Vaccination in Bombay 1913-1923 - 1913-1923
Year: 1913
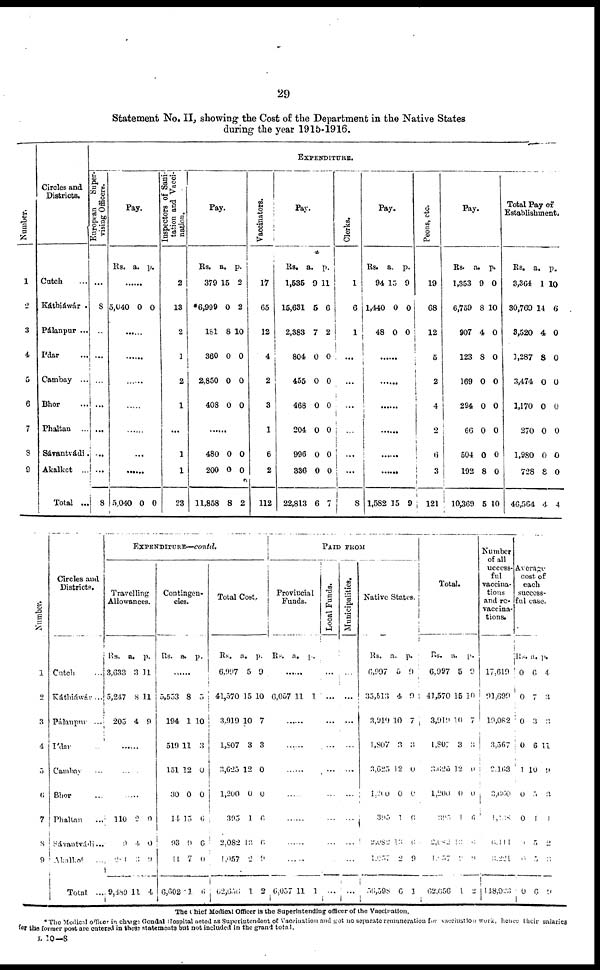
29
Statement No. II, showing the Cost of the Department in the Native States
during the year 1915-1916.
Number.
1
2
3
4
5
6
7
8
9
Circles and
Districts.
Cutch ...
Káthiáwár
Pálanpur ...
I'dar ...
Cambay ...
Bhor ...
Phaltan
...
Sávantvádi.
Akalkot ...
Total ...
EXPENDITURE.
European
Super-
vising Officers.
...
8
...
...
...
...
...
...
...
8
Pay.
Rs. a. p.
......
5,040 0 0
......
......
......
......
......
...
......
5,040 0 0
Inspectors of Sani-
tation and Vacci-
nation.
2
13
2
1
2
1
...
1
1
23
Pay.
Rs.
379
*6,999
181
360
2,850
408
a.
15
0
8
0
0
0
p.
2
2
10
0
0
0
......
480
200
11,868
0
0
8
0
0
2
Vaccinators.
17
65
12
4
2
3
1
6
2
112
Pay.
Rs.
1,535
15,631
2,383
804
455
468
204
996
336
22,813
a.
9
5
7
0
0
0
0
0
0
6
p.
11
6
2
0
0
0
0
0
0
7
Clerks.
1
6
1
...
...
...
...
...
...
8
Pay.
Rs.
94
1,440
48
a.
15
0
0
p.
9
0
0
......
......
......
......
......
......
1,582 15 9
Peons, etc.
19
68
12
5
2
4
2
6
3
121
Pay.
Rs.
1,353
6,759
907
123
169
294
66
504
192
10,369
a.
9
8
4
8
0
0
0
0
8
5
p.
0
10
0
0
0
0
0
0
0
10
Total Pay of
Establishment.
Rs.
3,364
30,769
3,520
1,287
3,474
1,170
270
1,980
728
46,564
a.
1
14
4
8
0
0
0
0
8
4
p.
10
6
0
0
0
0
0
0
0
4
Number.
1
2
3
4
5
6
7
8
9
Circles and
Districts.
Cutch ...
Káthiáwár ...
Pálanpur ...
I'dar ...
Cambay ...
Bhor ...
Phaltan ...
Sávantvádi...
Akallcot...
Total ...
EXPENDITURE—contd.
Travelling
Allowances.
Rs.
3,633
5,247
205
a.
3
8
4
p.
11
11
9
......
......
......
110
9
281
9,489
2
4
3
11
0
0
9
4
Contingen-
cies.
Rs. a. p.
.......
5,553
194
519
151
30
14
93
11
6,602
8
1
11
12
0
15
9
7
1
5
10
3
0
0
6
6
0
6
Total Cost.
Rs.
6,997
41,570
3,919
1,807
3,625
1,200
395
2,082
1,057
52,656
a.
5
15
10
3
12
0
1
13
2
1
p.
9
10
7
3
0
0
6
6
9
2
PAID FROM
Provincial
Funds.
Rs. a. p.
......
6,057 11 1
......
......
......
......
......
......
......
6,057 11 1
Local Funds.
...
...
...
...
...
...
...
...
...
...
Municipalities.
...
...
...
...
...
...
...
...
...
...
Native States.
Rs.
6,997
33,513
3,919
1,807
3,625
1,200
395
2,082
1,057
56,598
a.
5
4
10
3
12
0
1
13
2
6
p.
9
0
7
3
0
0
6
6
9
1
Total.
Rs.
6,997
41,570
3,919
1,807
3,625
1,200
395
2,082
1,.057
62,656
a.
5
15
10
3
12
0
1
13
2
1
p.
9
10
7
3
0
0
6
6
0
2
Number
of all
uccess¬
ful
vaccina-
tions
and re¬
vaccina¬
tions.
17,619
91,699
19,082
3,567
2,163
3,660
1,068
6,111
3,221
148,923
Average
cost of
each
success-
ful case.
Rs.
0
0
0
0
1
0
0
1
0
0
a.
6
7
3
6
10
5
1
5
5
6
p.
4
3
3
11
9
3
1
2
3
9
The chief Medical Officer is the Superintending officer of the Vaccination.
* The Medical officer in charge Gondal Hospital acted as Superintendent of Vaccination and got no separate remuneration for vaccination work, hence their salaries
for the former post are entered in these statements but not included in the grand total.
L 10—8